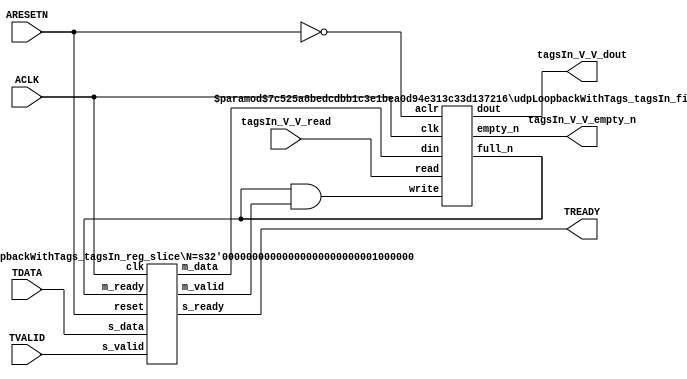
// This program was cloned from: https://github.com/mustafabbas/ECE1373_2016_hft_on_fpga
// License: MIT License

// ==============================================================
// File generated by Vivado(TM) HLS - High-Level Synthesis from C, C++ and SystemC
// Version: 2016.3
// Copyright (C) 1986-2016 Xilinx, Inc. All Rights Reserved.
// 
// ==============================================================


`timescale 1ns/1ps

module udpLoopbackWithTags_tagsIn_if (
    // AXI4-Stream singals
    input  wire        ACLK,
    input  wire        ARESETN,
    input  wire        TVALID,
    output wire        TREADY,
    input  wire [63:0] TDATA,
    // User signals
    output wire [63:0] tagsIn_V_V_dout,
    output wire        tagsIn_V_V_empty_n,
    input  wire        tagsIn_V_V_read
);
//------------------------Local signal-------------------
// FIFO
wire [0:0]  fifo_write;
wire [0:0]  fifo_full_n;
wire [63:0] tagsIn_V_V_din;
wire [0:0]  tagsIn_V_V_full_n;
// register slice
wire [0:0]  s_valid;
wire [0:0]  s_ready;
wire [63:0] s_data;
wire [0:0]  m_valid;
wire [0:0]  m_ready;
wire [63:0] m_data;

//------------------------Instantiation------------------
// rs
udpLoopbackWithTags_tagsIn_reg_slice #(
    .N       ( 64 )
) rs (
    .clk     ( ACLK ),
    .reset   ( ARESETN ),
    .s_data  ( s_data ),
    .s_valid ( s_valid ),
    .s_ready ( s_ready ),
    .m_data  ( m_data ),
    .m_valid ( m_valid ),
    .m_ready ( m_ready )
);

// tagsIn_V_V_fifo
udpLoopbackWithTags_tagsIn_fifo #(
    .DATA_BITS  ( 64 ),
    .DEPTH_BITS ( 4 )
) tagsIn_V_V_fifo (
    .clk        ( ACLK ),
    .aclr       ( ~ARESETN ),
    .empty_n    ( tagsIn_V_V_empty_n ),
    .full_n     ( tagsIn_V_V_full_n ),
    .read       ( tagsIn_V_V_read ),
    .write      ( fifo_write ),
    .dout       ( tagsIn_V_V_dout ),
    .din        ( tagsIn_V_V_din )
);

//------------------------Body---------------------------
//++++++++++++++++++++++++AXI4-Stream++++++++++++++++++++
assign TREADY = s_ready;

//+++++++++++++++++++++++++++++++++++++++++++++++++++++++

//++++++++++++++++++++++++Reigister Slice++++++++++++++++
assign s_valid = TVALID;
assign m_ready = fifo_full_n;
assign s_data  = {TDATA[63:0]};

//+++++++++++++++++++++++++++++++++++++++++++++++++++++++

//++++++++++++++++++++++++FIFO+++++++++++++++++++++++++++
assign fifo_write     = fifo_full_n & m_valid;
assign tagsIn_V_V_din = m_data[63:0];
assign fifo_full_n    = tagsIn_V_V_full_n;

//+++++++++++++++++++++++++++++++++++++++++++++++++++++++

endmodule



`timescale 1ns/1ps

module udpLoopbackWithTags_tagsIn_fifo
#(parameter
    DATA_BITS  = 8,
    DEPTH_BITS = 4
)(
    input  wire                 clk,
    input  wire                 aclr,
    output wire                 empty_n,
    output wire                 full_n,
    input  wire                 read,
    input  wire                 write,
    output wire [DATA_BITS-1:0] dout,
    input  wire [DATA_BITS-1:0] din
);
//------------------------Parameter----------------------
localparam
    DEPTH = 1 << DEPTH_BITS;
//------------------------Local signal-------------------
reg                   empty;
reg                   full;
reg  [DEPTH_BITS-1:0] index;
reg  [DATA_BITS-1:0]  mem[0:DEPTH-1];
//------------------------Body---------------------------
assign empty_n = ~empty;
assign full_n  = ~full;
assign dout    = mem[index];

// empty
always @(posedge clk or posedge aclr) begin
    if (aclr)
        empty <= 1'b1;
    else if (empty & write & ~read)
        empty <= 1'b0;
    else if (~empty & ~write & read & (index==1'b0))
        empty <= 1'b1;
end

// full
always @(posedge clk or posedge aclr) begin
    if (aclr)
        full <= 1'b0;
    else if (full & read & ~write)
        full <= 1'b0;
    else if (~full & ~read & write & (index==DEPTH-2'd2))
        full <= 1'b1;
end

// index
always @(posedge clk or posedge aclr) begin
    if (aclr)
        index <= {DEPTH_BITS{1'b1}};
    else if (~empty & ~write & read)
        index <= index - 1'b1;
    else if (~full & ~read & write)
        index <= index + 1'b1;
end

// mem
always @(posedge clk) begin
    if (~full & write) mem[0] <= din;
end

genvar i;
generate
    for (i = 1; i < DEPTH; i = i + 1) begin : gen_sr
        always @(posedge clk) begin
            if (~full & write) mem[i] <= mem[i-1];
        end
    end
endgenerate

endmodule

`timescale 1ns/1ps

module udpLoopbackWithTags_tagsIn_reg_slice
#(parameter
    N = 8   // data width
) (
    // system signals
    input  wire         clk,
    input  wire         reset,
    // slave side
    input  wire [N-1:0] s_data,
    input  wire         s_valid,
    output wire         s_ready,
    // master side
    output wire [N-1:0] m_data,
    output wire         m_valid,
    input  wire         m_ready
);
//------------------------Parameter----------------------
// state
localparam [1:0]
    ZERO = 2'b10,
    ONE  = 2'b11,
    TWO  = 2'b01;
//------------------------Local signal-------------------
reg  [N-1:0] data_p1;
reg  [N-1:0] data_p2;
wire         load_p1;
wire         load_p2;
wire         load_p1_from_p2;
reg          s_ready_t;
reg  [1:0]   state;
reg  [1:0]   next;
//------------------------Body---------------------------
assign s_ready = s_ready_t;
assign m_data  = data_p1;
assign m_valid = state[0];

assign load_p1 = (state == ZERO && s_valid) ||
                 (state == ONE && s_valid && m_ready) ||
                 (state == TWO && m_ready);
assign load_p2 = s_valid & s_ready;
assign load_p1_from_p2 = (state == TWO);

// data_p1
always @(posedge clk) begin
    if (load_p1) begin
        if (load_p1_from_p2)
            data_p1 <= data_p2;
        else
            data_p1 <= s_data;
    end
end

// data_p2
always @(posedge clk) begin
    if (load_p2) data_p2 <= s_data;
end

// s_ready_t
always @(posedge clk) begin
    if (~reset)
        s_ready_t <= 1'b0;
    else if (state == ZERO)
        s_ready_t <= 1'b1;
    else if (state == ONE && next == TWO)
        s_ready_t <= 1'b0;
    else if (state == TWO && next == ONE)
        s_ready_t <= 1'b1;
end

// state
always @(posedge clk) begin
    if (~reset)
        state <= ZERO;
    else
        state <= next;
end

// next
always @(*) begin
    case (state)
        ZERO:
            if (s_valid & s_ready)
                next = ONE;
            else
                next = ZERO;
        ONE:
            if (~s_valid & m_ready)
                next = ZERO;
            else if (s_valid & ~m_ready)
                next = TWO;
            else
                next = ONE;
        TWO:
            if (m_ready)
                next = ONE;
            else
                next = TWO;
        default:
            next = ZERO;
    endcase
end

endmodule